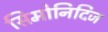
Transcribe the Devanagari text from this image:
सिमोनिदिज